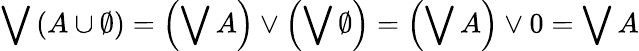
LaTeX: \bigvee\left(A\cup\emptyset\right)=\left(\bigvee A\right)\vee\left(\bigvee\emptyset\right)=\left(\bigvee A\right)\vee 0=\bigvee A